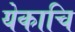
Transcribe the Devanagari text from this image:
येकाचि